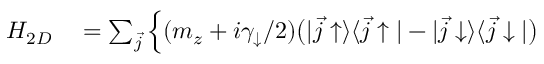
\begin{array} { r l } { H _ { 2 D } } & { { } = \sum _ { \vec { j } } \Big \{ ( m _ { z } + i \gamma _ { \downarrow } / 2 ) \bigr ( | \vec { j } \uparrow \rangle \langle \vec { j } \uparrow | - | \vec { j } \downarrow \rangle \langle \vec { j } \downarrow | \bigr ) } \end{array}